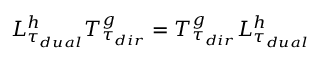
L _ { \tau _ { d u a l } } ^ { h } T _ { \tau _ { d i r } } ^ { g } = T _ { \tau _ { d i r } } ^ { g } L _ { \tau _ { d u a l } } ^ { h }